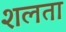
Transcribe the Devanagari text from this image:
शलता